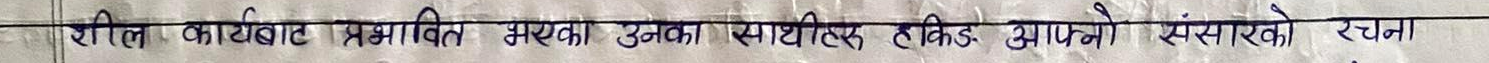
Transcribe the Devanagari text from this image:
शील कार्यबाट प्रभावित भएका उनका साथीहरू हकिक आफ्नो संसर्गको रचना